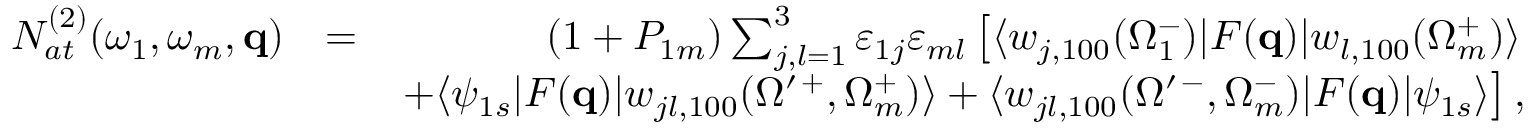
\begin{array} { r l r } { { \cal N } _ { a t } ^ { ( 2 ) } ( \omega _ { 1 } , \omega _ { m } , \mathbf { q } ) } & { = } & { ( 1 + { \cal P } _ { 1 m } ) \sum _ { j , l = 1 } ^ { 3 } \varepsilon _ { 1 j } \varepsilon _ { m l } \left[ \langle w _ { j , 1 0 0 } ( \Omega _ { 1 } ^ { - } ) | F ( \mathbf { q } ) | { w } _ { l , 1 0 0 } ( \Omega _ { m } ^ { + } ) \rangle \right. } \\ & { } & { \left. + \langle \psi _ { 1 s } | F ( \mathbf { q } ) | w _ { j l , 1 0 0 } ( { \Omega } ^ { \prime \, + } , \Omega _ { m } ^ { + } ) \rangle + \langle w _ { j l , 1 0 0 } ( { \Omega } ^ { \prime \, - } , \Omega _ { m } ^ { - } ) | F ( \mathbf { q } ) | \psi _ { 1 s } \rangle \right] , } \end{array}